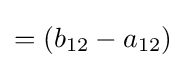
=(b_{12}-a_{12})